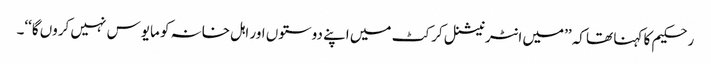
رحکیم کا کہنا تھا کہ ’’میں انٹرنیشنل کرکٹ میں اپنے دوستوں اور اہل خانہ کو مایوس نہیں کروں گا‘‘۔